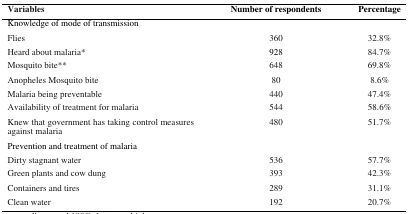
<table><thead><tr><td><b>Variables</b></td><td><b>Number of respondents</b></td><td><b>Percentage</b></td></tr></thead><tbody><tr><td colspan="3">Knowledge of mode of transmission</td></tr><tr><td>Flies</td><td>360</td><td>32.8%</td></tr><tr><td>Heard about malaria*</td><td>928</td><td>84.7%</td></tr><tr><td>Mosquito bite**</td><td>648</td><td>69.8%</td></tr><tr><td>Anopheles Mosquito bite</td><td>80</td><td>8.6%</td></tr><tr><td>Malaria being preventable</td><td>440</td><td>47.4%</td></tr><tr><td>Availability of treatment for malaria</td><td>544</td><td>58.6%</td></tr><tr><td>Knew that government has taking control measures against malaria</td><td>480</td><td>51.7%</td></tr><tr><td colspan="3">Prevention and treatment of malaria</td></tr><tr><td>Dirty stagnant water</td><td>536</td><td>57.7%</td></tr><tr><td>Green plants and cow dung</td><td>393</td><td>42.3%</td></tr><tr><td>Containers and tires</td><td>289</td><td>31.1%</td></tr><tr><td>Clean water</td><td>192</td><td>20.7%</td></tr></tbody></table>